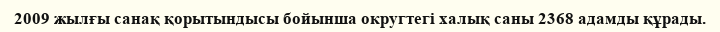
2009 жылғы санақ қорытындысы бойынша округтегі халық саны 2368 адамды құрады.